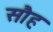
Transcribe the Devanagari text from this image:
सौह